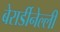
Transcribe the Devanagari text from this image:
बेरार्डीनेल्ली